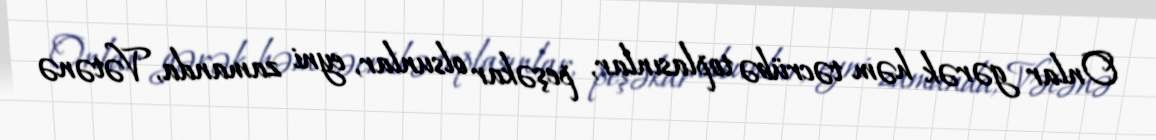
Onlar gərək həm təcrübə toplasınlar, peşəkar olsunlar, eyni zamanda, Vətənə